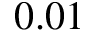
0 . 0 1